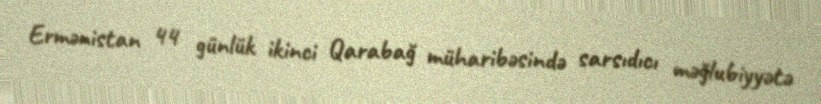
Ermənistan 44 günlük ikinci Qarabağ müharibəsində sarsıdıcı məğlubiyyətə